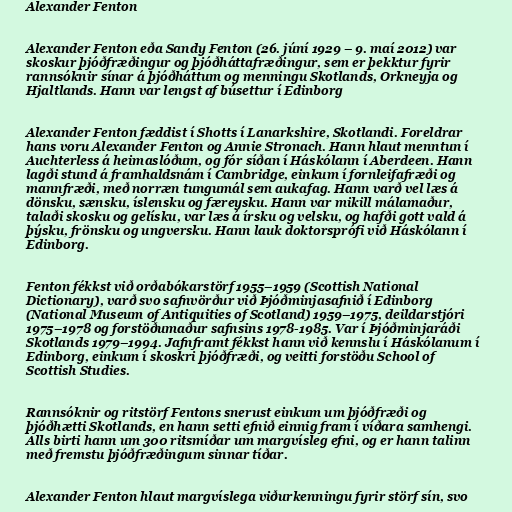
Alexander Fenton

Alexander Fenton eða Sandy Fenton (26. júní 1929 – 9. maí 2012) var
skoskur þjóðfræðingur og þjóðháttafræðingur, sem er þekktur fyrir
rannsóknir sínar á þjóðháttum og menningu Skotlands, Orkneyja og
Hjaltlands. Hann var lengst af búsettur í Edinborg

Alexander Fenton fæddist í Shotts í Lanarkshire, Skotlandi. Foreldrar
hans voru Alexander Fenton og Annie Stronach. Hann hlaut menntun í
Auchterless á heimaslóðum, og fór síðan í Háskólann í Aberdeen. Hann
lagði stund á framhaldsnám í Cambridge, einkum í fornleifafræði og
mannfræði, með norræn tungumál sem aukafag. Hann varð vel læs á
dönsku, sænsku, íslensku og færeysku. Hann var mikill málamaður,
talaði skosku og gelísku, var læs á írsku og velsku, og hafði gott vald á
þýsku, frönsku og ungversku. Hann lauk doktorsprófi við Háskólann í
Edinborg.

Fenton fékkst við orðabókarstörf 1955–1959 (Scottish National
Dictionary), varð svo safnvörður við Þjóðminjasafnið í Edinborg
(National Museum of Antiquities of Scotland) 1959–1975, deildarstjóri
1975–1978 og forstöðumaður safnsins 1978-1985. Var í Þjóðminjaráði
Skotlands 1979–1994. Jafnframt fékkst hann við kennslu í Háskólanum í
Edinborg, einkum í skoskri þjóðfræði, og veitti forstöðu School of
Scottish Studies.

Rannsóknir og ritstörf Fentons snerust einkum um þjóðfræði og
þjóðhætti Skotlands, en hann setti efnið einnig fram í víðara samhengi.
Alls birti hann um 300 ritsmíðar um margvísleg efni, og er hann talinn
með fremstu þjóðfræðingum sinnar tíðar.

Alexander Fenton hlaut margvíslega viðurkenningu fyrir störf sín, svo